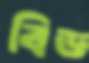
বিড